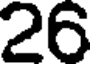
26